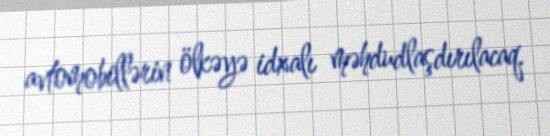
avtomobillərin ölkəyə idxalı məhdudlaşdırılacaq.